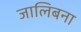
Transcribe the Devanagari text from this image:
जालिबना